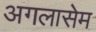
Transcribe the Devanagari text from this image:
अगलासेम